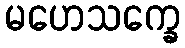
မဟေသက္ခေ